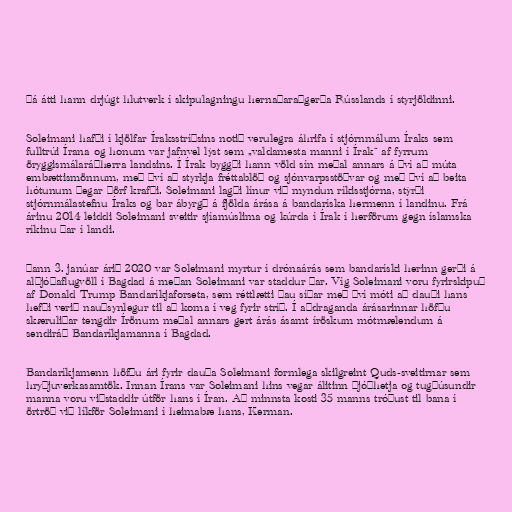
Þá átti hann drjúgt hlutverk í skipulagningu hernaðaraðgerða Rússlands í styrjöldinni.

Soleimani hafði í kjölfar Íraksstríðsins notið verulegra áhrifa í stjórnmálum Íraks sem
fulltrúi Írana og honum var jafnvel lýst sem „valdamesta manni í Írak“ af fyrrum
öryggismálaráðherra landsins. Í Írak byggði hann völd sín meðal annars á því að múta
embættismönnum, með því að styrkja fréttablöð og sjónvarpsstöðvar og með því að beita
hótunum þegar þörf krafði. Soleimani lagði línur við myndun ríkisstjórna, stýrði
stjórnmálastefnu Íraks og bar ábyrgð á fjölda árása á bandaríska hermenn í landinu. Frá
árinu 2014 leiddi Soleimani sveitir sjíamúslima og kúrda í Írak í herförum gegn íslamska
ríkinu þar í landi.

Þann 3. janúar árið 2020 var Soleimani myrtur í drónaárás sem bandaríski herinn gerði á
alþjóðaflugvöll í Bagdad á meðan Soleimani var staddur þar. Víg Soleimani voru fyrirskipuð
af Donald Trump Bandaríkjaforseta, sem réttlætti þau síðar með því móti að dauði hans
hefði verið nauðsynlegur til að koma í veg fyrir stríð. Í aðdraganda árásarinnar höfðu
skæruliðar tengdir Írönum meðal annars gert árás ásamt íröskum mótmælendum á
sendiráð Bandaríkjamanna í Bagdad.

Bandaríkjamenn höfðu ári fyrir dauða Soleimani formlega skilgreint Quds-sveitirnar sem
hryðjuverkasamtök. Innan Írans var Soleimani hins vegar álitinn þjóðhetja og tugþúsundir
manna voru viðstaddir útför hans í Íran. Að minnsta kosti 35 manns tróðust til bana í
örtröð við líkför Soleimani í heimabæ hans, Kerman.